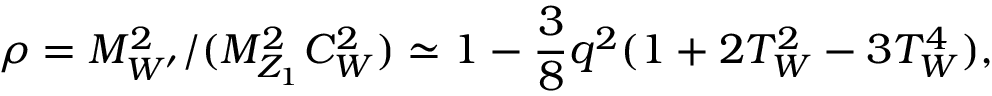
\rho = M _ { W ^ { \prime } } ^ { 2 } / ( M _ { Z _ { 1 } } ^ { 2 } C _ { W } ^ { 2 } ) \simeq 1 - { \frac { 3 } { 8 } } q ^ { 2 } ( 1 + 2 T _ { W } ^ { 2 } - 3 T _ { W } ^ { 4 } ) ,